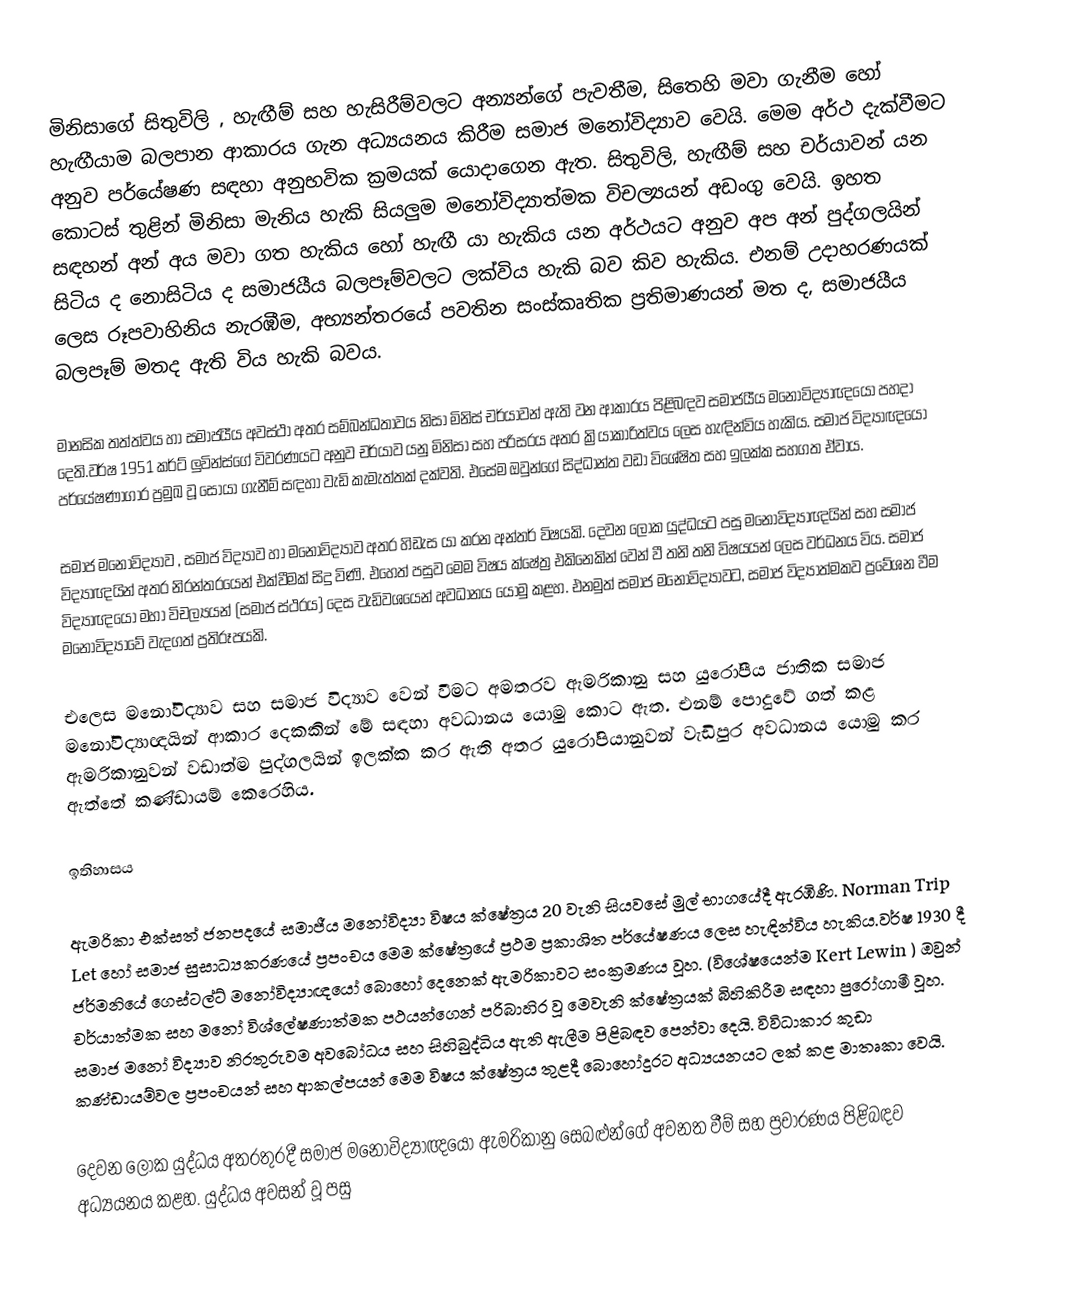
මිනිසාගේ සිතුවිලි , හැඟීම් සහ හැසිරීම්වලට අන්‍යන්ගේ පැවතීම, සිතෙහි මවා ගැනීම හෝ හැඟීයාම බලපාන ආකාරය ගැන අධ්‍යයනය කිරීම සමාජ මනෝවිද්‍යාව වෙයි. මෙම අර්ථ දැක්වීමට අනුව පර්යේෂණ සඳහා අනුභවික ක්‍රමයක් යොදාගෙන ඇත. සිතුවිලි, හැඟීම් සහ චර්යාවන් යන කොටස් තුළින් මිනිසා මැනිය හැකි සියලුම මනෝවිද්‍යාත්මක විචල්‍යයන් අඩංගු වෙයි. ඉහත සඳහන් අන් අය මවා ගත හැකිය හෝ හැඟී යා හැකිය යන අර්ථයට අනුව අප අන් පුද්ගලයින් සිටිය ද නොසිටිය ද සමාජයීය බලපෑම්වලට ලක්විය හැකි බව කිව හැකිය. එනම් උදාහරණයක් ලෙස රූපවාහිනිය නැරඹීම, අභ්‍යන්තරයේ පවතින සංස්කෘතික ප්‍රතිමාණයන් මත ද, සමාජයීය බලපෑම් මතද ඇති විය හැකි බවය.

මානසික තත්ත්වය හා සමාජයීය අවස්ථා අතර සම්බන්ධතාවය නිසා මිනිස් චර්යාවන් ඇති වන ආකාරය පිළිබඳව සමාජයීය මනෝවිද්‍යාඥයෝ පහදා දෙති.වර්ෂ 1951 කර්ට් ලුවින්ස්ගේ විවරණයට අනුව චර්යාව යනු මිනිසා සහ පරිසරය අතර ක්‍රියාකාරිත්වය ලෙස හැඳින්විය හැකිය. සමාජ විද්‍යාඥයෝ පර්යේෂණාගාර ප්‍රමුඛ වූ සොයා ගැනීම් සඳහා වැඩි කැමැත්තක් දක්වති. එසේම ඔවුන්ගේ සිද්ධාන්ත වඩා විශේෂිත සහ ඉලක්ක සහගත ඒවාය.

සමාජ මනෝවිද්‍යාව , සමාජ විද්‍යාව හා මනෝවිද්‍යාව අතර හිඩැස යා කරන අන්තර් විෂයකි. දෙවන ලෝක යුද්ධයට පසු මනෝවිද්‍යාඥයින් සහ සමාජ විද්‍යාඥයින් අතර නිරන්තරයෙන් එක්වීමක් සිදු විණි. එහෙත් පසුව මෙම විෂය ක්ෂේත්‍ර එකිනෙකින් වෙන් වී තනි තනි විෂයයන් ලෙස වර්ධනය විය. සමාජ විද්‍යාඥයෝ මහා විචල්‍යයන් (සමාජ ස්ථරය) දෙස වැඩිවශයෙන් අවධානය යොමු කළහ. එනමුත් සමාජ මනෝවිද්‍යාවට, සමාජ විද්‍යාත්මකව ප්‍රවේශන වීම මනෝවිද්‍යාවේ වැදගත් ප්‍රතිරූපයකි.

එලෙස මනෝවිද්‍යාව සහ සමාජ විද්‍යාව වෙන් වීමට අමතරව ඇමරිකානු සහ යුරෝපීය ජාතික සමාජ මනෝවිද්‍යාඥයින් ආකාර දෙකකින් මේ සඳහා අවධානය යොමු කොට ඇත. එනම් පොදුවේ ගත් කළ ඇමරිකානුවන් වඩාත්ම පුද්ගලයින් ඉලක්ක කර ඇති අතර යුරෝපියානුවන් වැඩිපුර අවධානය යොමු කර ඇත්තේ කණ්ඩායම් කෙරෙහිය.

ඉතිහාසය

ඇමරිකා එක්සත් ජනපදයේ සමාජීය මනෝවිද්‍යා විෂය ක්ෂේත්‍රය 20 වැනි සියවසේ මුල් භාගයේදී ඇරඹිණි. Norman Trip Let හෝ සමාජ සුසාධ්‍යකරණයේ ප්‍රපංචය මෙම ක්ෂේත්‍රයේ ප්‍රථම ප්‍රකාශිත පර්යේෂණය ලෙස හැඳින්විය හැකිය.වර්ෂ 1930 දී ජර්මනියේ ගෙස්ටල්ට් මනෝවිද්‍යාඥයෝ බොහෝ දෙනෙක් ඇමරිකාවට සංක්‍රමණය වූහ. (විශේෂයෙන්ම Kert Lewin ) ඔවුන් චර්යාත්මක සහ මනෝ විශ්ලේෂණාත්මක පථයන්ගෙන් පරිබාහිර වූ මෙවැනි ක්ෂේත්‍රයක් බිහිකිරීම සඳහා පුරෝගාමී වූහ. සමාජ මනෝ විද්‍යාව නිරතුරුවම අවබෝධය සහ සිහිබුද්ධිය ඇති ඇලීම පිළිබඳව පෙන්වා දෙයි. විවිධාකාර කුඩා කණ්ඩායම්වල ප්‍රපංචයන් සහ ආකල්පයන් මෙම විෂය ක්ෂේත්‍රය තුළදී බොහෝදුරට අධ්‍යයනයට ලක් කළ මාතෘකා වෙයි.

දෙවන ලෝක යුද්ධය අතරතුරදී සමාජ මනෝවිද්‍යාඥයෝ ඇමරිකානු සෙබළුන්ගේ අවනත වීම් සහ ප්‍රචාරණය පිළිබඳව අධ්‍යයනය කළහ. යුද්ධය අවසන් වූ පසු